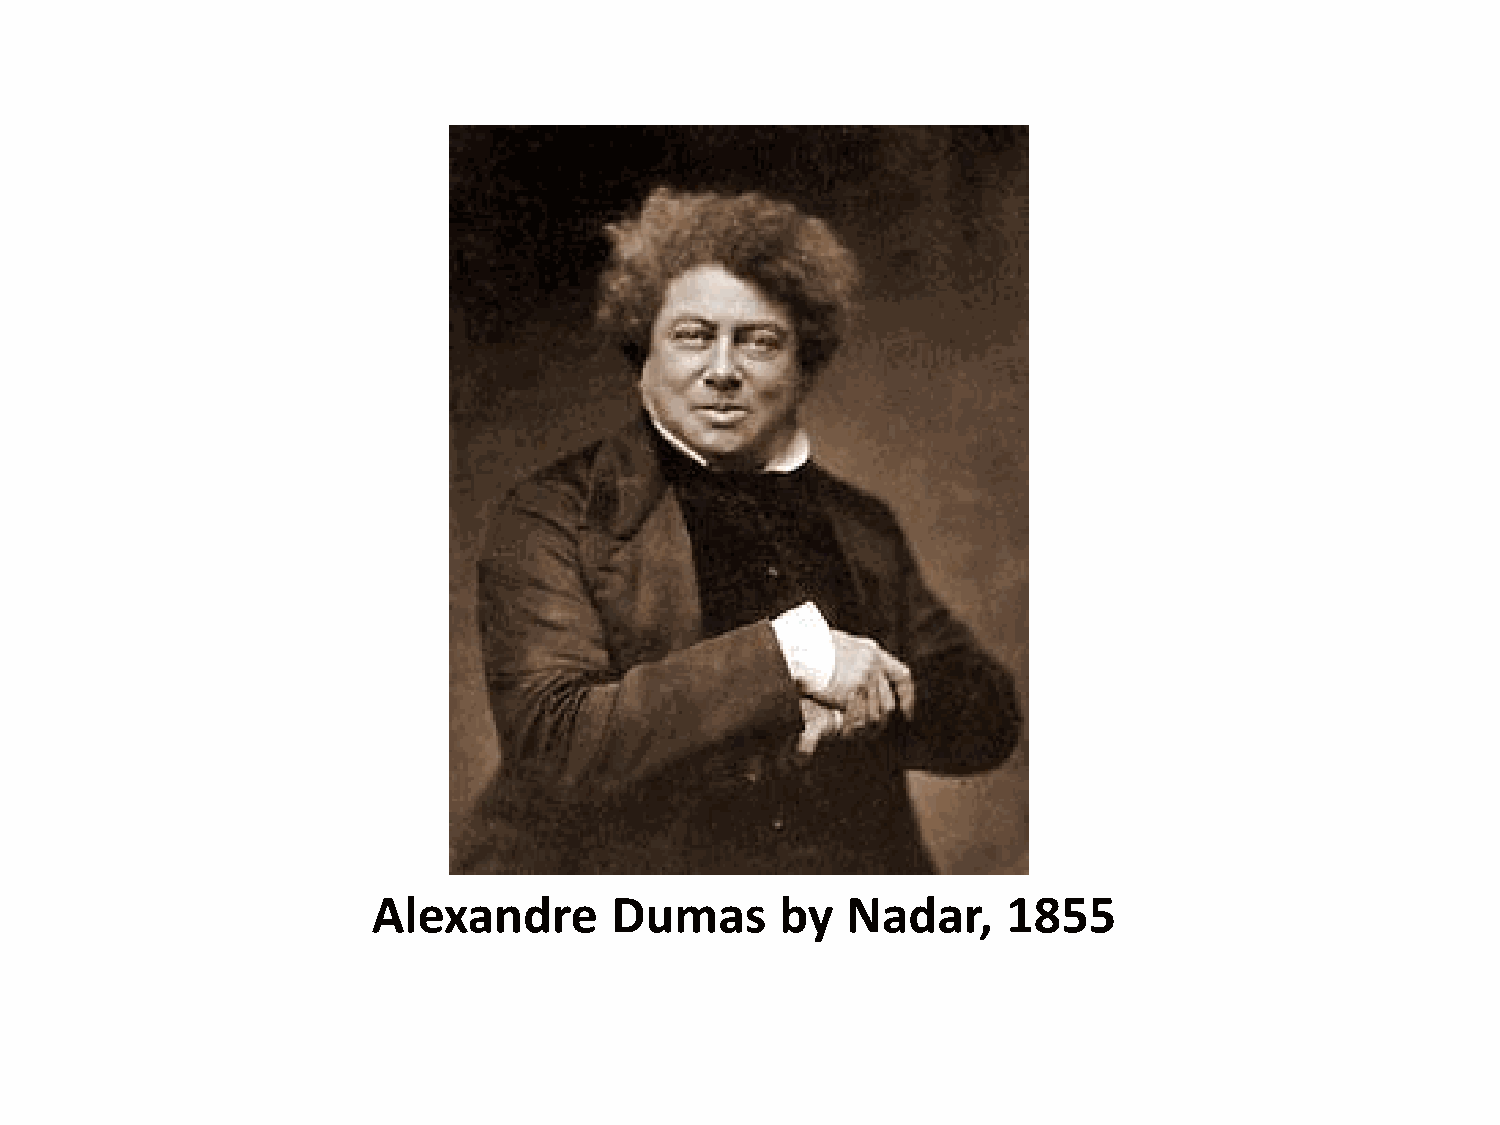
Alexandre      Dumas       by  Nadar,     1855